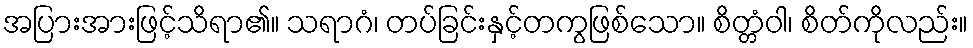
အပြားအားဖြင့်သိရာ၏။ သရာဂံ၊ တပ်ခြင်းနှင့်တကွဖြစ်သော။ စိတ္တံဝါ၊ စိတ်ကိုလည်း။